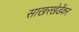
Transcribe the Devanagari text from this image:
साखरखेर्डेकर